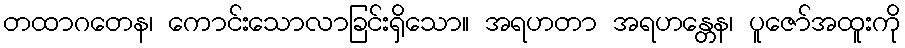
တထာဂတေန၊ ကောင်းသောလာခြင်းရှိသော။ အရဟတာ အရဟန္တေန၊ ပူဇော်အထူးကို